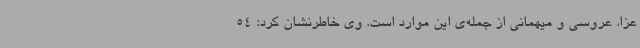
عزا، عروسی و میهمانی از جمله‌ی این موارد است. وی خاطرنشان کرد: 54